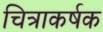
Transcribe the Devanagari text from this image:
चित्राकर्षक